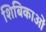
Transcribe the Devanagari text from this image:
शिबिकाओं